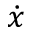
\dot { x }